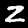
Digit: 2